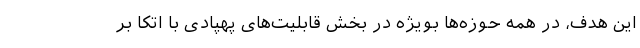
این هدف، در همه حوزه‌ها بویژه در بخش قابلیت‌های پهپادی با اتکا بر